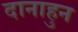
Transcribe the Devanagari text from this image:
दानाहुन